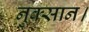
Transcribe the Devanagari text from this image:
नुक्सान।